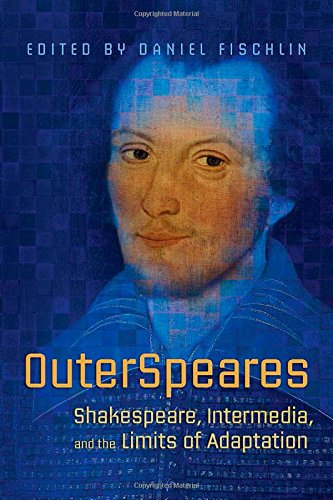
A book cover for OuterSpeares: Shakespeare, Intermedia, and the Limits of Adaptation; Daniel Fischlin; Humor & Entertainment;